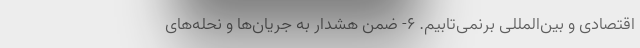
اقتصادی و بین‌المللی برنمی‌تابیم. ۶- ضمن هشدار به جریان‌ها و نحله‌های